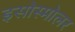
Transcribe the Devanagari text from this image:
इसोस्मोलर